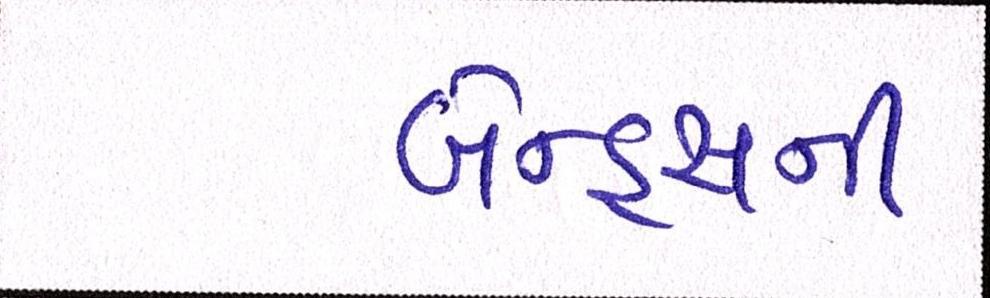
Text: બેન્ડ્સની